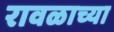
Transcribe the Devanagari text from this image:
रावळाच्या